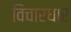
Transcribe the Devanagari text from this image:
विचारधार